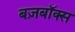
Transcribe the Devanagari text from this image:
बज़बॉक्स